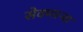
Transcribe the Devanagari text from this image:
सेवणाऱ्या